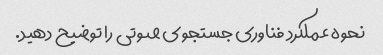
نحوه عملکرد فناوری جستجوی صوتی را توضیح دهید.